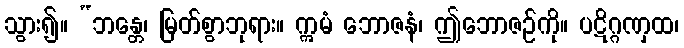
သွား၍။ “ဘန္တေ၊ မြတ်စွာဘုရား။ ဣမံ ဘောဇနံ၊ ဤဘောဇဉ်ကို။ ပဋိဂ္ဂဏှထ၊